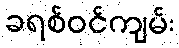
ခရစ်ဝင်ကျမ်း